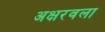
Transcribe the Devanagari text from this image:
अक्षरवला